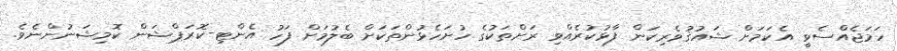
ހަމަޖެއްސެވީ އެކަމަށް ޝައުޤުވެރިކަން ފާޅުކުރެއްވި ރަށްތަކުގެ ހުށަހެޅުންތަކަށް ބެލުމަށް ފަހު އެންޓި-ކޮރަޕްޝަން ކޮމިޝަނުންނެވެ.